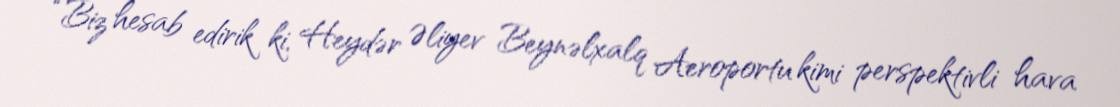
“Biz hesab edirik ki, Heydər Əliyev Beynəlxalq Aeroportu kimi perspektivli hava